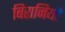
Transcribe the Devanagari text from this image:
बिरानियाँ